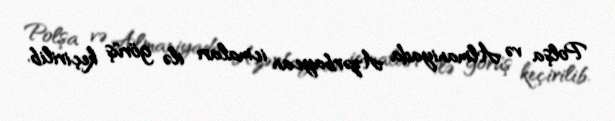
Polşa və Almaniyada Azərbaycan icmaları ilə görüş keçirilib.